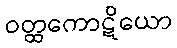
ဝတ္ထကောဋိယော